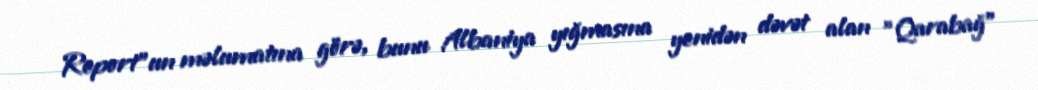
Report"un məlumatına görə, bunu Albaniya yığmasına yenidən dəvət alan "Qarabağ"